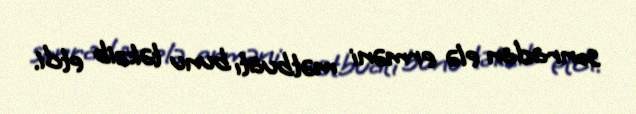
sonradan elə erməni mətbuatı bunu təkzib etdi.